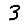
Digit: 3